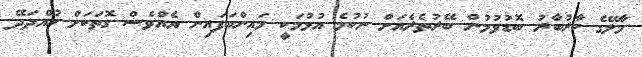
މާލޭގެ ކާރުބާރު ބޮޑުވުމުން ބޭރުތެރެއަށް ނުކުމެ އުޅުމަކީ މައިންބަފައިން އެއްވެސް ގޮތަކަށް ހުއްދަދޭ